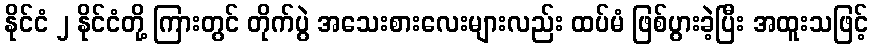
နိုင်ငံ ၂ နိုင်ငံတို့ ကြားတွင် တိုက်ပွဲ အသေးစားလေးများလည်း ထပ်မံ ဖြစ်ပွားခဲ့ပြီး အထူးသဖြင့်